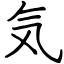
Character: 気